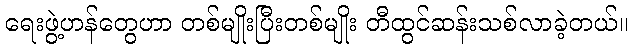
ရေးဖွဲ့ဟန်တွေဟာ တစ်မျိုးပြီးတစ်မျိုး တီထွင်ဆန်းသစ်လာခဲ့တယ်။